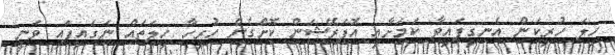
ހިލަ ހުރިކަން އެނގިފައިވާ ކަމަށާއި އޮޕަރޭޝަން ކޮށްގެން ހުރިހާ ހިލަތައް ނަގައިފައި ވަނީ